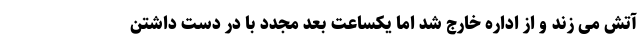
آتش می زند و از اداره خارج شد اما یکساعت بعد مجدد با در دست داشتن